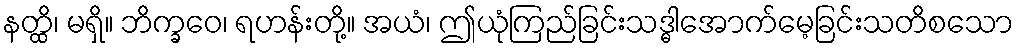
နတ္ထိ၊ မရှိ။ ဘိက္ခဝေ၊ ရဟန်းတို့။ အယံ၊ ဤယုံကြည်ခြင်းသဒ္ဓါအောက်မေ့ခြင်းသတိစသော